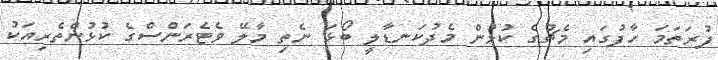
ފުރަތަމަ ހާފުގައި މެޗުގެ ކުޅުން މެދުކަނޑާލީ ބޯޅަ ނެތި މާލޭ ވެޓެރަންސްގެ ކުޅުންތެރިއަކު